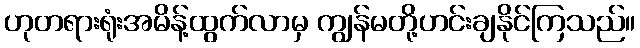
ဟုတရားရုံးအမိန့်ထွက်လာမှ ကျွန်မတို့ဟင်းချနိုင်ကြသည်။